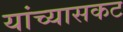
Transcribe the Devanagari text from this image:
यांच्यासकट